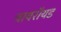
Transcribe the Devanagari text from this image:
वायरॉयड